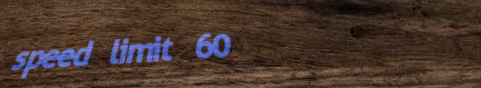
speed limit 60